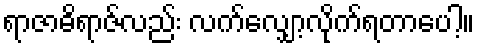
ရာဇာဓိရာဇ်လည်း လက်လျှော့လိုက်ရတာပေါ့။